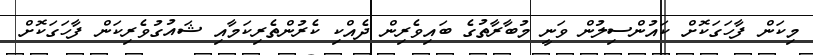
މިކަން ފާހަގަކޮށް ކައުންސިލުން ވަނީ މުބާރާތުގެ ބައިވެރިން ދެއްކި ކެރުންތެރިކަމާއި ޝައުގުވެރިކަން ފާހަގަކޮށް